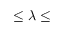
\leq \lambda \leq